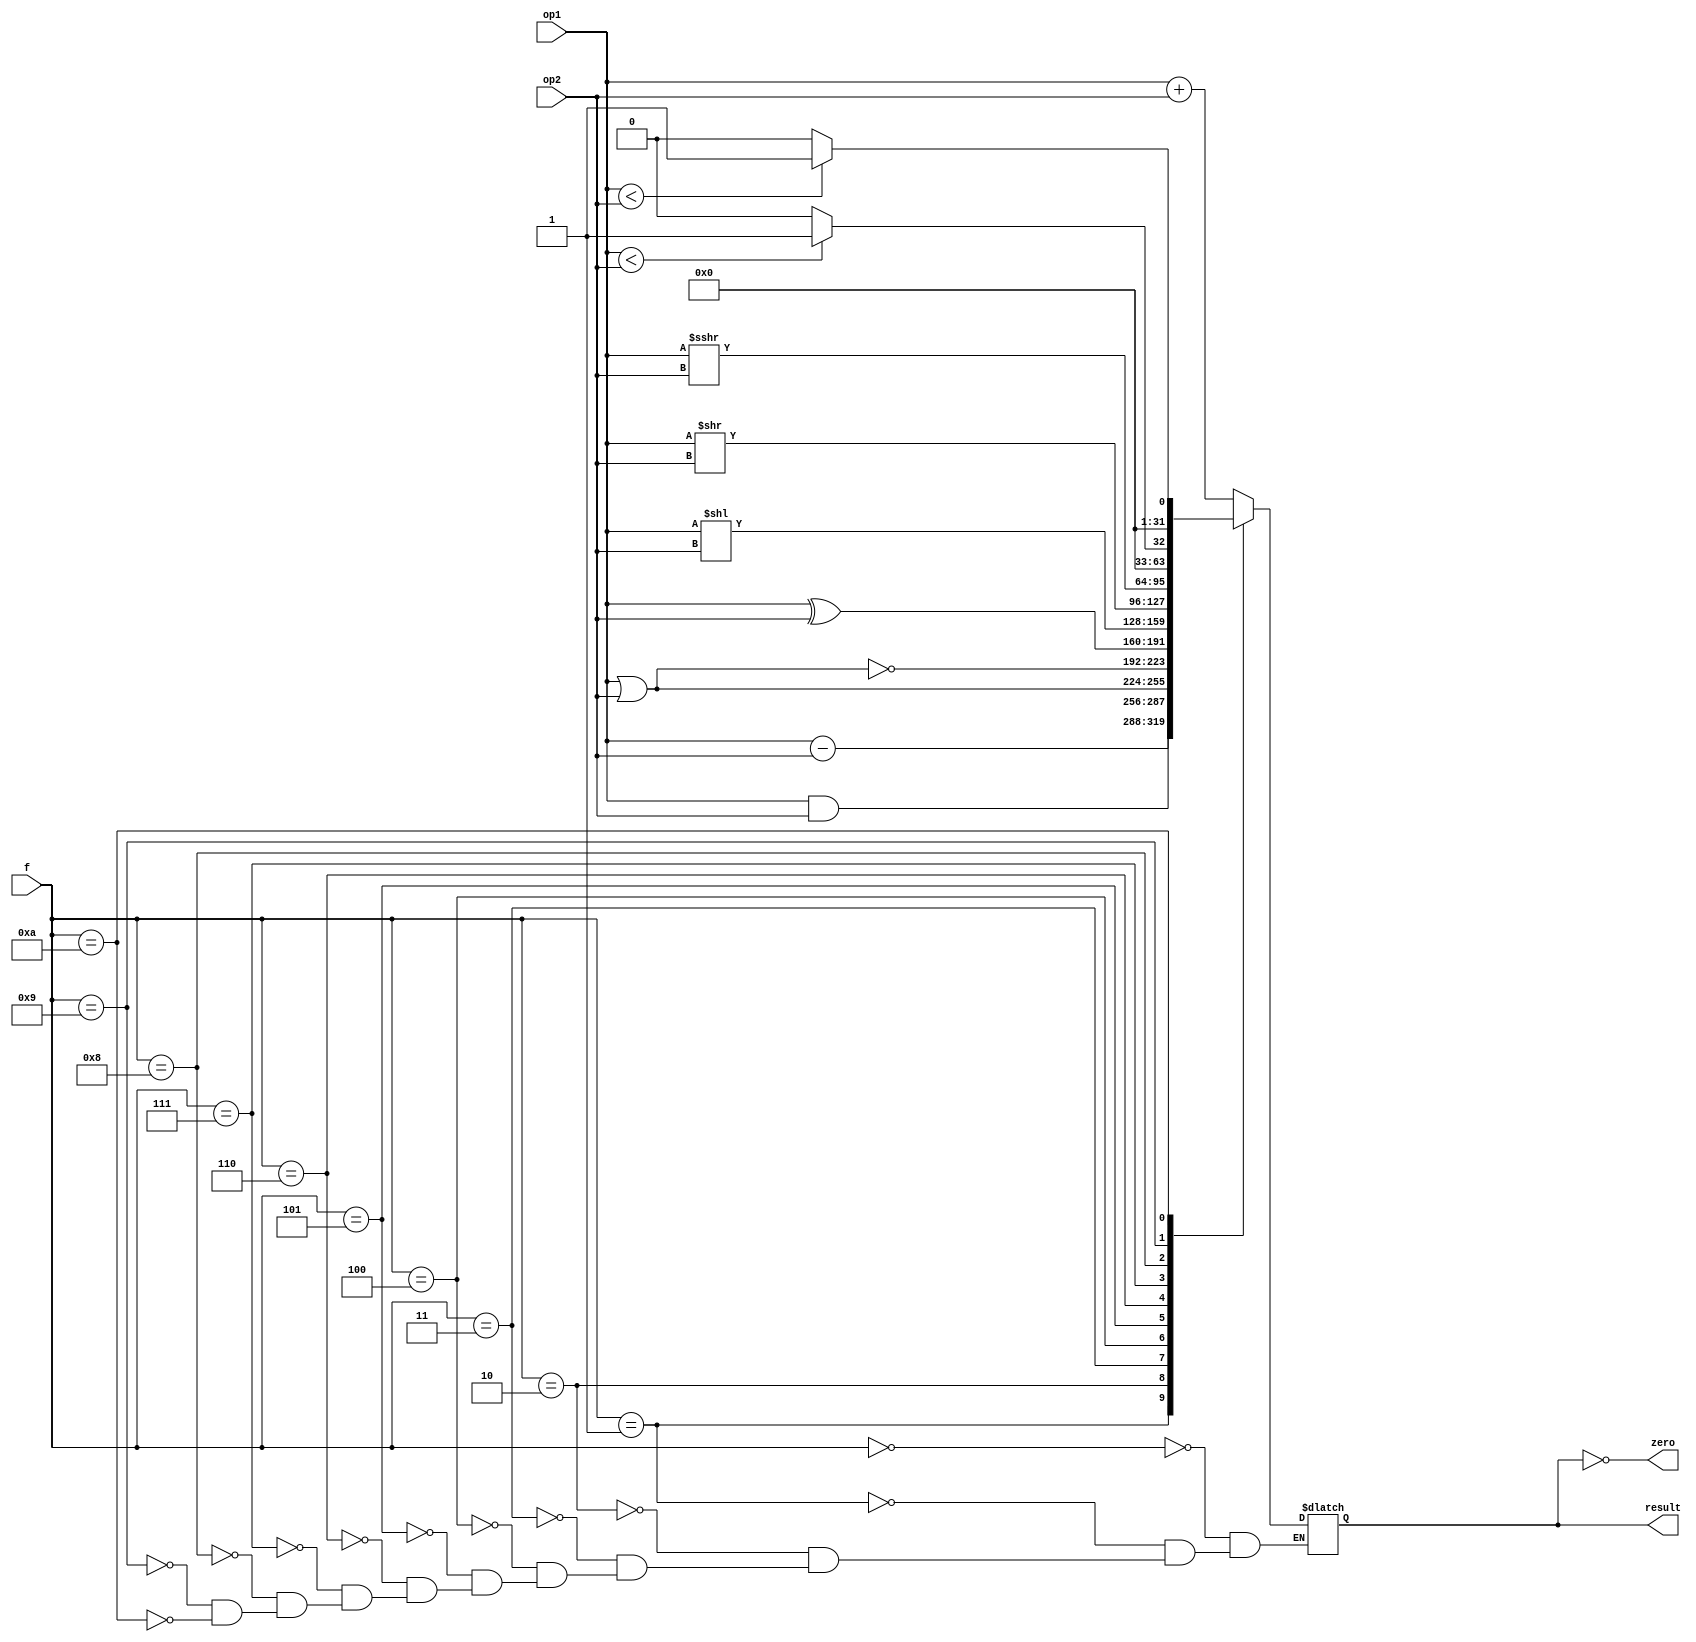
module Alu(input[31:0] op1,
		input[31:0] op2,
		input[3:0] f,
		output reg[31:0] result,
		output zero);

	always @(op1, op2, f)
		case (f)
			0: result = op1 + op2;
            1: result = op1 - op2;
            2: result = op1 & op2;
            3: result = op1 | op2;
            4: result = op1 ~| op2;
            5: result = op1 ^ op2;
            6: result = op1 << op2;
            7: result = op1 >> op2;
            8: result = op1 >>> op2;
            9: result = ($signed(op1) < $signed(op2)) ? 1 : 0; //SLT
            10: result = (op1 < op2) ? 1 : 0;   //SLTU
           /* 11: 
            12:
            13:
            14:
            15:*/
        endcase 
	
	assign zero = result == 0;
endmodule